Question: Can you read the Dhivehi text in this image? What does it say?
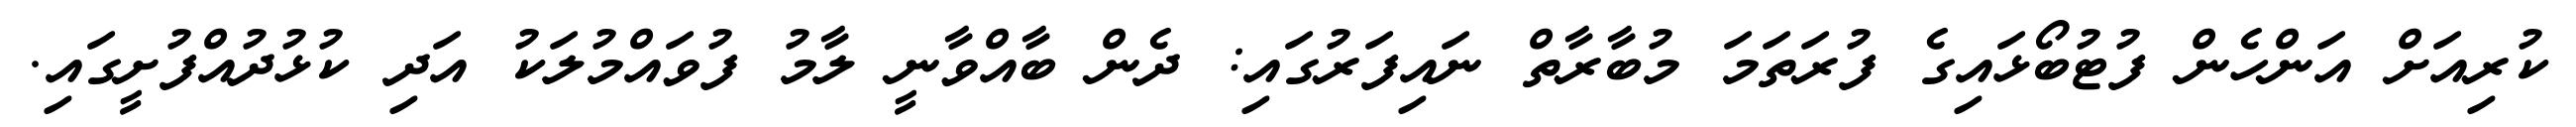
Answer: ކުރިއަށް އަންހެން ފުޓުބޯޅައިގެ ފުރަތަމަ މުބާރާތް ނައިފަރުގައި: ދެން ބާއްވާނީ ލާމު ފުވައްމުލަކު އަދި ކުޅުދުއްފުށީގައި.